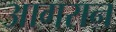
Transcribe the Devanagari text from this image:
आगरान